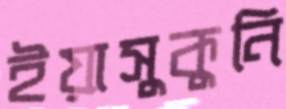
ইয়াসুকুনি